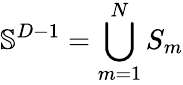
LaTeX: \mathbb{S}^{D-1}=\bigcup_{m=1}^{N}S_{m}